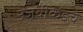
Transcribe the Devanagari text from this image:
उजवीकडचे